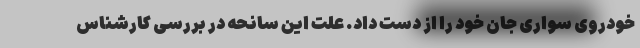
خودروی سواری جان خود را از دست داد. علت این سانحه در بررسی کارشناس